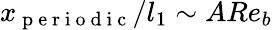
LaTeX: x_{\mathrm{~p~e~r~i~o~d~i~c~}}/l_{1}\sim ARe_{b}